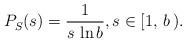
LaTeX: \begin{align*} P_S^{}(s)=\frac{1}{s\,\ln b}, s\in [1,\,b\,). \end{align*}